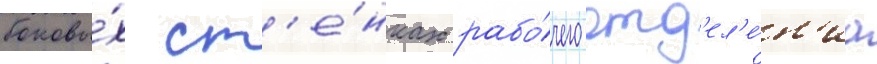
боковы́х ст'е́нках рабо́чего отд'ел'е́н'иа